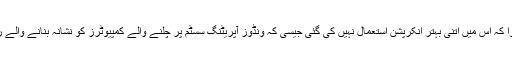
اس کے تجزیے سے معلوم ہوا کہ اس میں اتنی بہتر انکرپشن استعمال نہیں کی گئی جیسی کہ ونڈوز آپریٹنگ سسٹم پر چلنے والے کمپیوٹرز کو نشانہ بنانے والے رینسم ویئر میں کی جاتی ہے۔